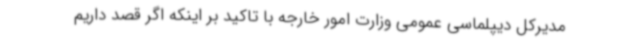
مدیرکل دیپلماسی عمومی وزارت امور خارجه با تاکید بر اینکه اگر قصد داریم